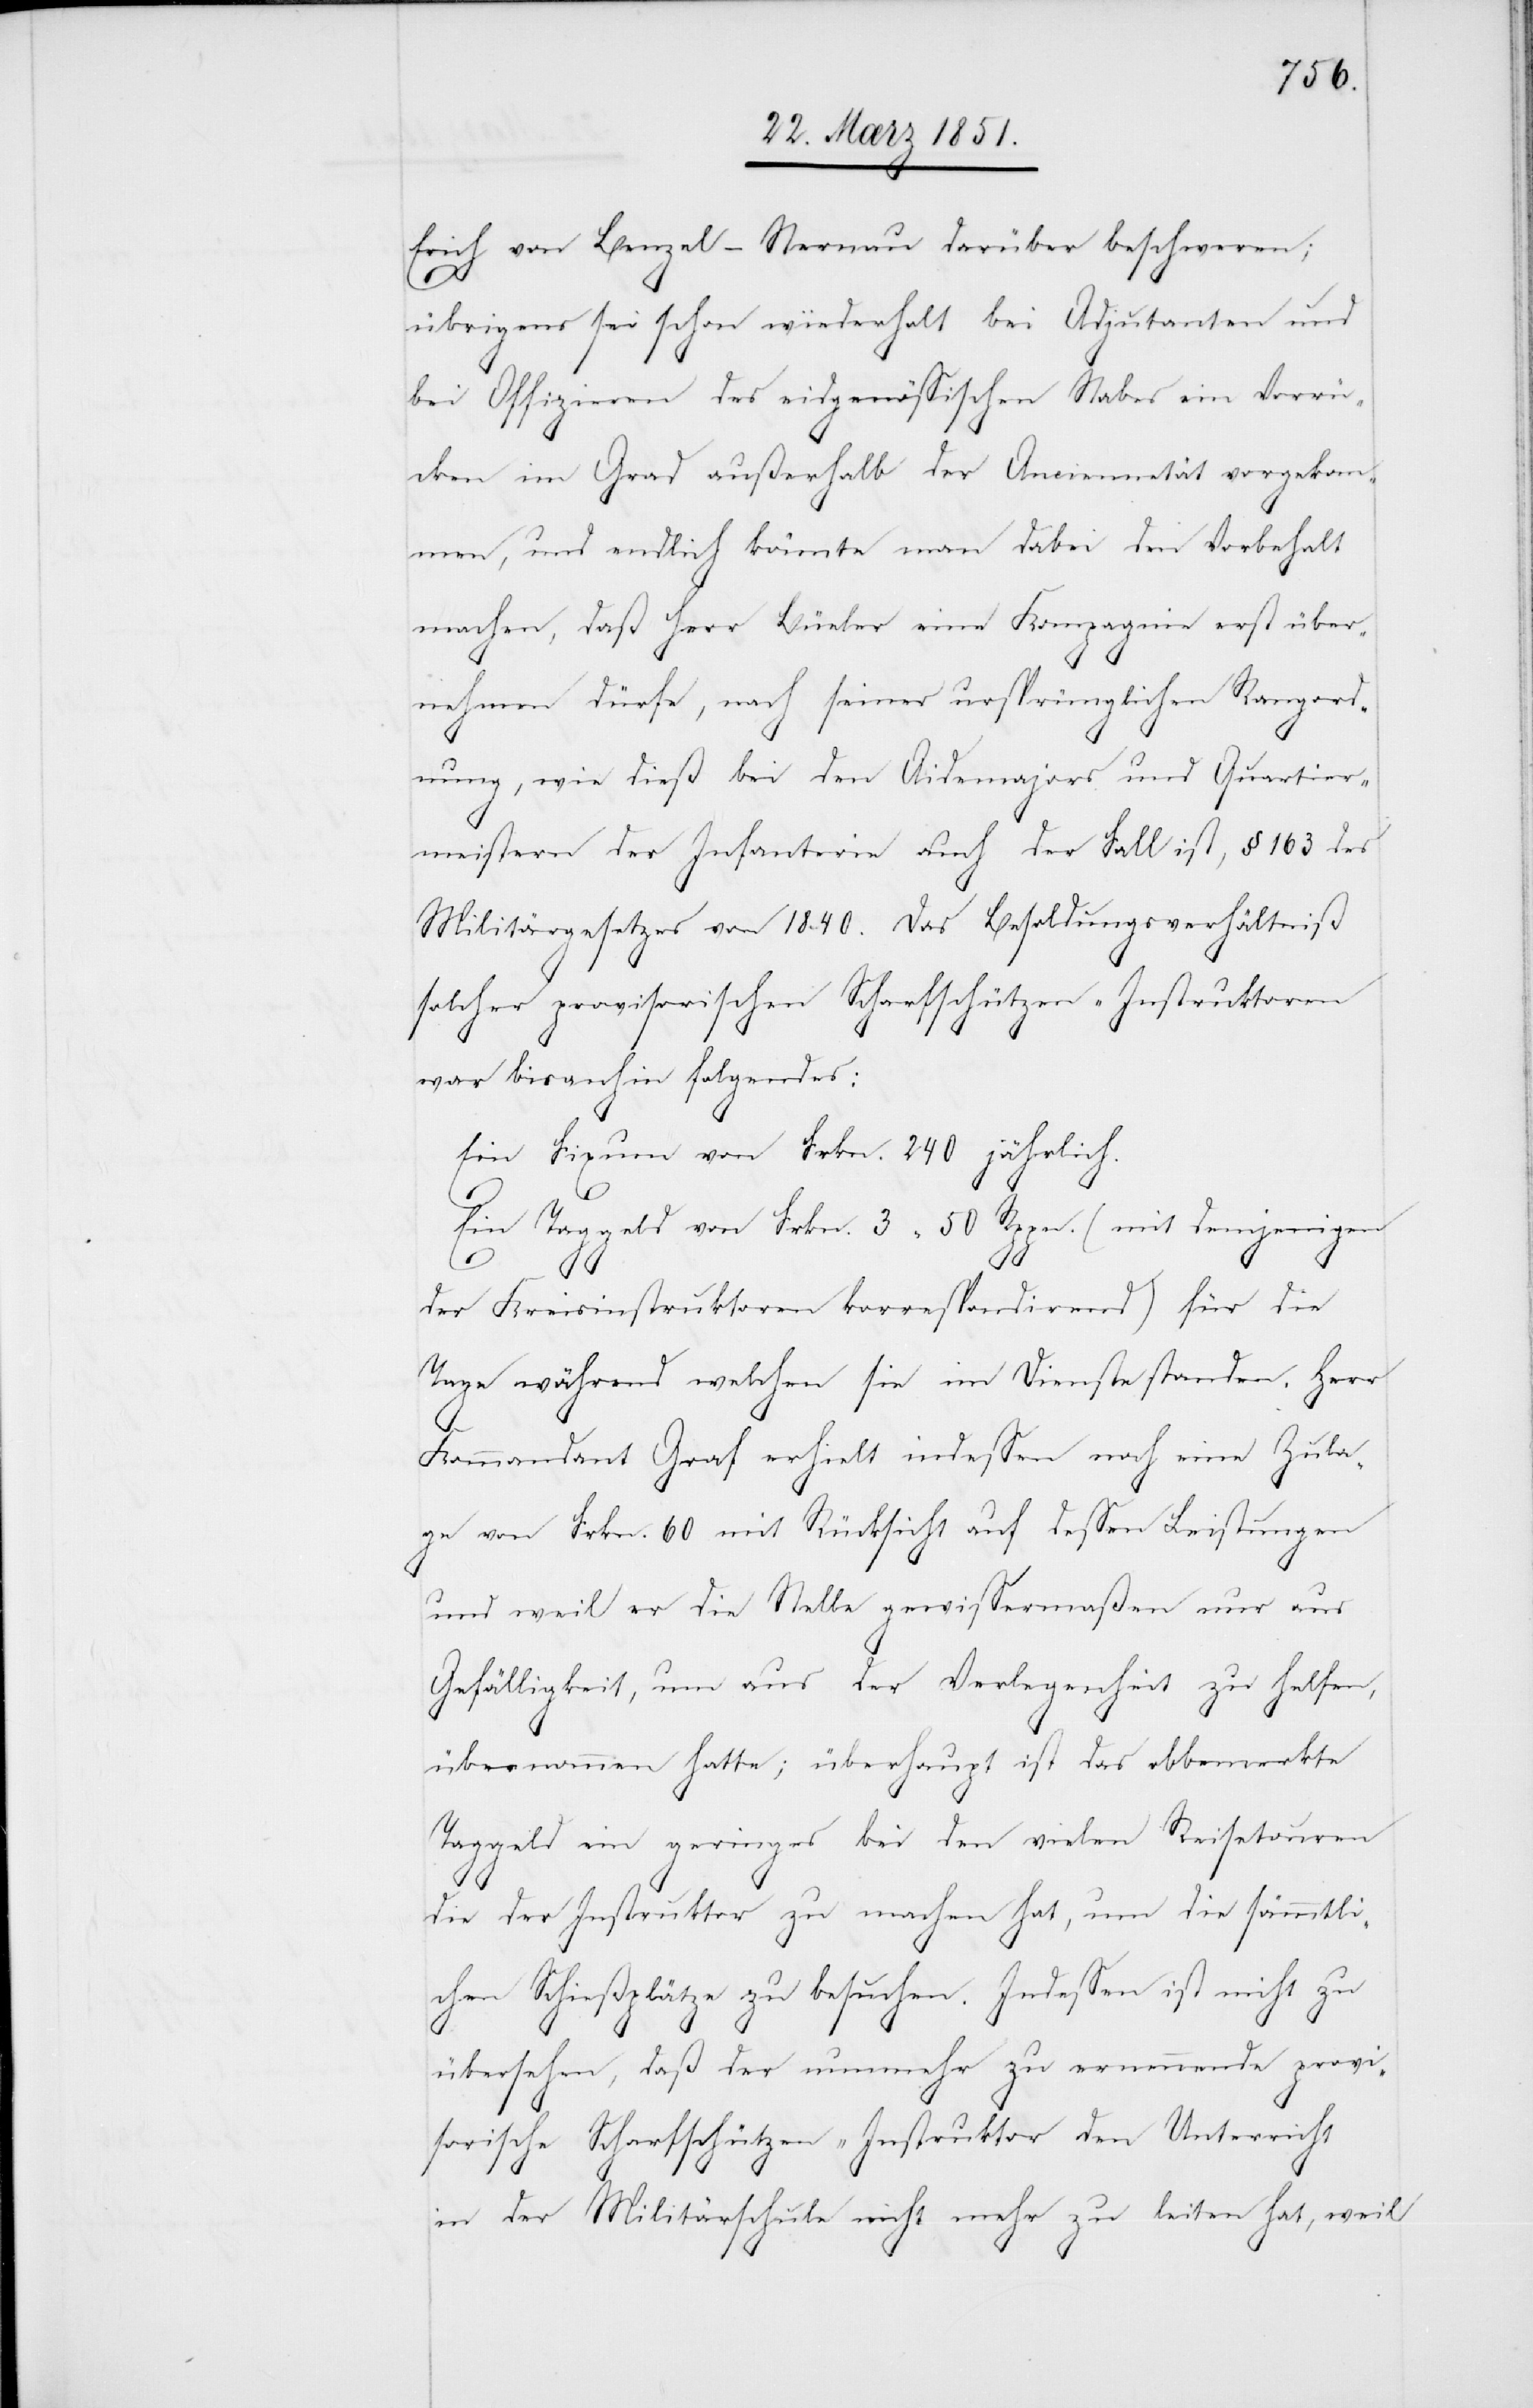
Erich von Benzel-Sternau darüber beschweren;
übrigens sei schon wiederholt bei Adjutanten und
bei Offizieren des eidgenössischen Stabes ein Vorrü¬
cken im Grad außerhalb der Anciennetät vorgeko¬
mmen, und endlich könnte man dabei den Vorbehalt
machen, daß Herr Büeler eine Kompagnie erst über¬
nehmen dürfe, nach seiner ursprünglichen Rangord¬
nung, wie dieß bei den Aidemajors und Quartier¬
meistern der Infanterie auch der Fall ist, § 163 des
Militärgesetzes von 1840. Das Besoldungsverhältniß
solcher provisorischen [sic!] Scharfschützen-Instuktoren
war bisanhin folgendes:
Ein Fixum von Frkn. 240 jährlich.
Ein Taggeld von Frkn. 3 50 Rppn. (mit demjenigen
der Kreisinstruktoren korrespondirend) für die
Tage während welchen sie im Dienste standen. Herr
Kommandant Graf erhielt indessen noch eine Zula¬
ge von Frkn. 60 mit Rücksicht auf dessen Leistungen
und weil er die Stelle gewissermaßen nur aus
Gefälligkeit, um aus der Verlegenheit zu helfen,
übernommen hatte; überhaupt ist das obbemerkte
Taggeld ein geringes bei den vielen Reisetouren
die der Instruktor zu machen hat, um die sämmtli¬
chen Schießplätze zu besuchen. Indessen ist nicht zu
übersehen, daß der nunmehr zu ernennende provi¬
sorische Scharfschützen-Instruktor den Unterricht
in der Militärschule nicht mehr zu leiten hat, weil